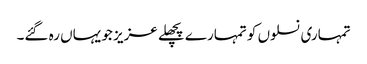
تمہاری نسلوں کو تمہارے پچھلے عزیز جو یہاں رہ گئے۔